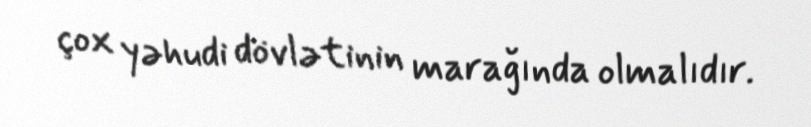
çox yəhudi dövlətinin marağında olmalıdır.